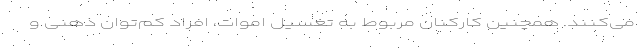
می‌کنند. همچنین کارکنان مربوط به تغسیل اموات، افراد کم‌توان ذهنی و